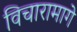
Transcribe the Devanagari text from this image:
विचारामागे